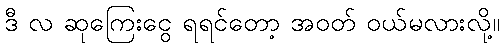
ဒီ လ ဆုကြေးငွေ ရရင်တော့ အဝတ် ဝယ်မလားလို့။